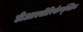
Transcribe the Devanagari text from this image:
डीआक्सीरिबोन्यूक्लिक